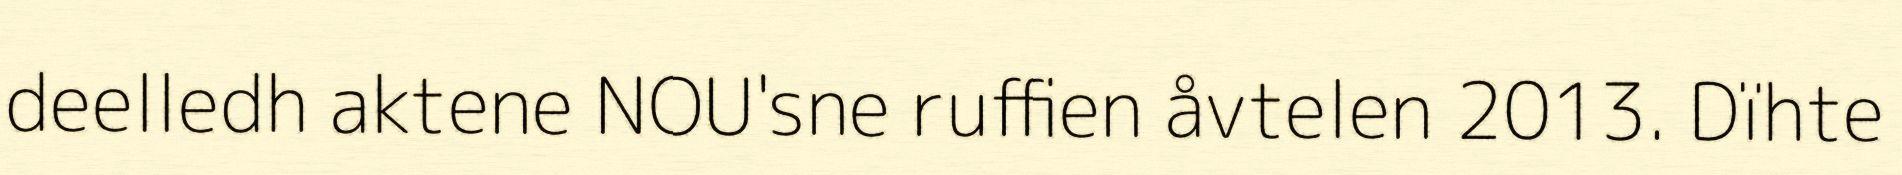
deelledh aktene NOU'sne ruffien åvtelen 2013. Dïhte